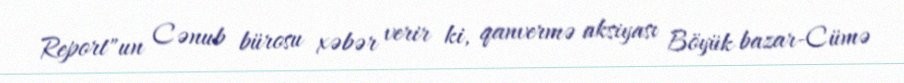
Report"un Cənub bürosu xəbər verir ki, qanvermə aksiyası Böyük bazar-Cümə